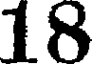
18